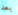
بعد